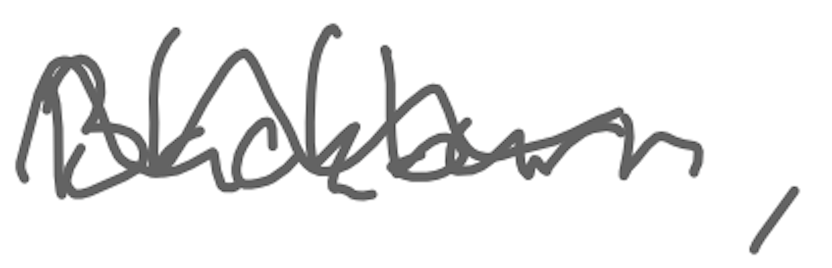
Text: Blackburn,
Cross-out: wave
Writing tool: digital_gray